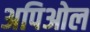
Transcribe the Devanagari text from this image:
अपिओल